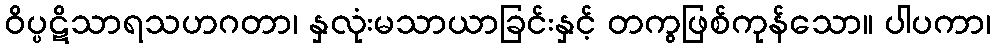
ဝိပ္ပဋိသာရသဟဂတာ၊ နှလုံးမသာယာခြင်းနှင့် တကွဖြစ်ကုန်သော။ ပါပကာ၊